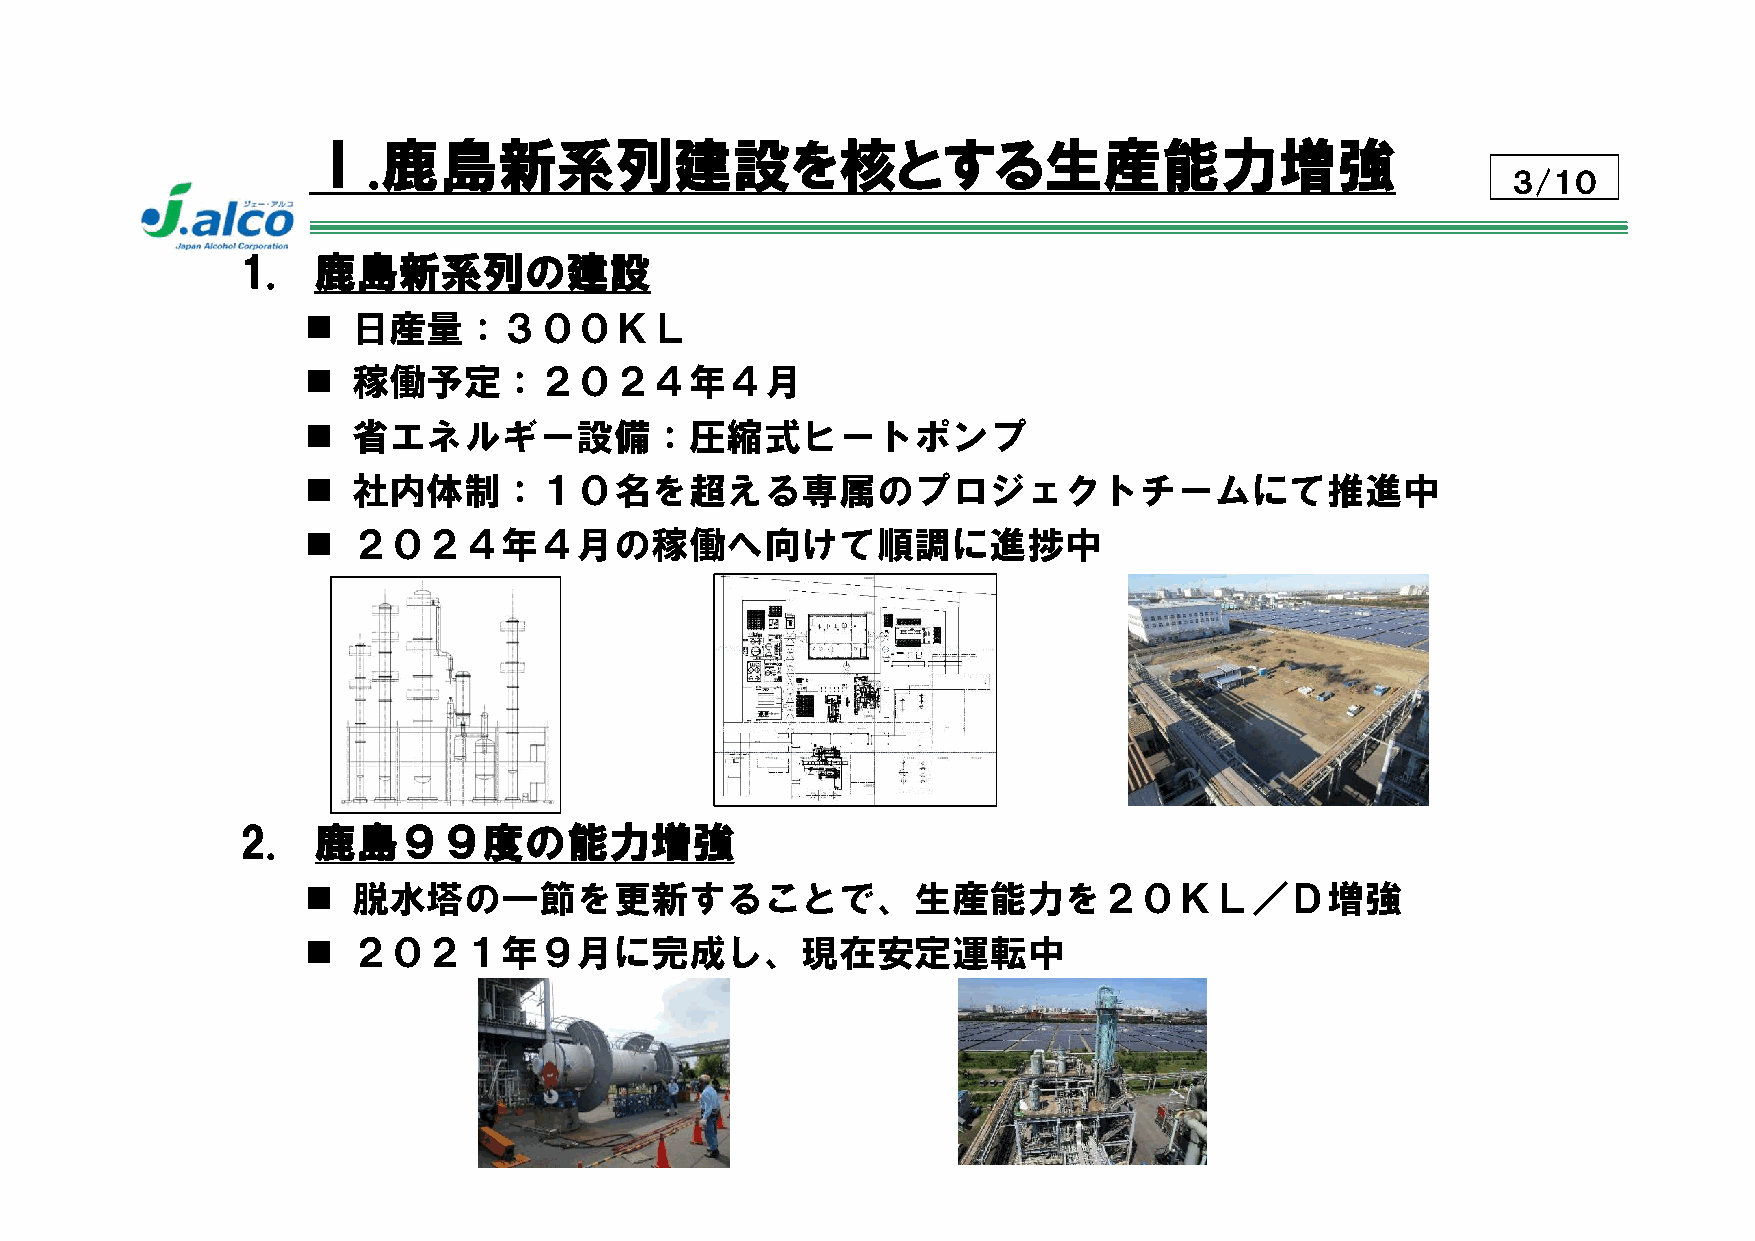
Ⅰ.鹿島新系列建設を核とする生産能力増強
 ３/１０
 1.   鹿島新系列の建設
   日産量：３００ＫＬ
   稼働予定：２０２４年４月
   省エネルギー設備：圧縮式ヒートポンプ
   社内体制：１０名を超える専属のプロジェクトチームにて推進中
   ２０２４年４月の稼働へ向けて順調に進捗中
 2.   鹿島９９度の能力増強
   脱水塔の一節を更新することで、生産能力を２０ＫＬ／Ｄ増強
   ２０２１年９月に完成し、現在安定運転中